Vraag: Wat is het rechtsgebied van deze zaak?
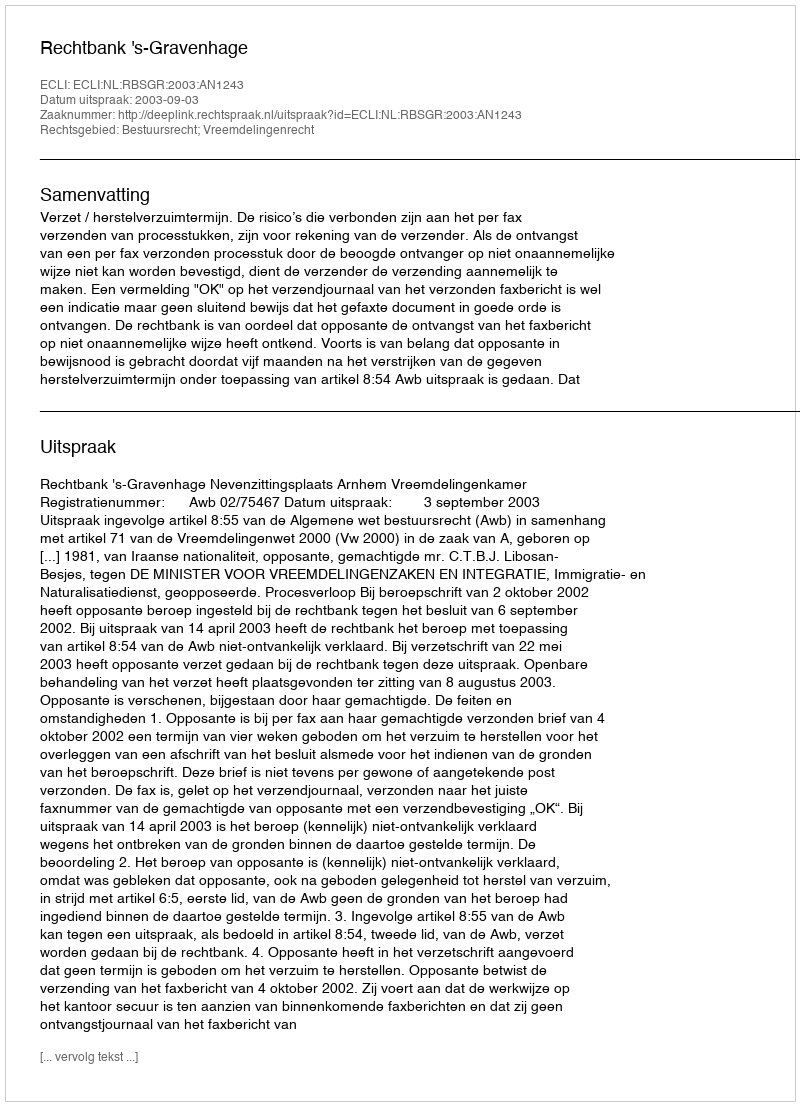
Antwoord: Bestuursrecht; Vreemdelingenrecht